Report on vaccination in Madras 1904-1921 - 1904-1921
Year: 1904
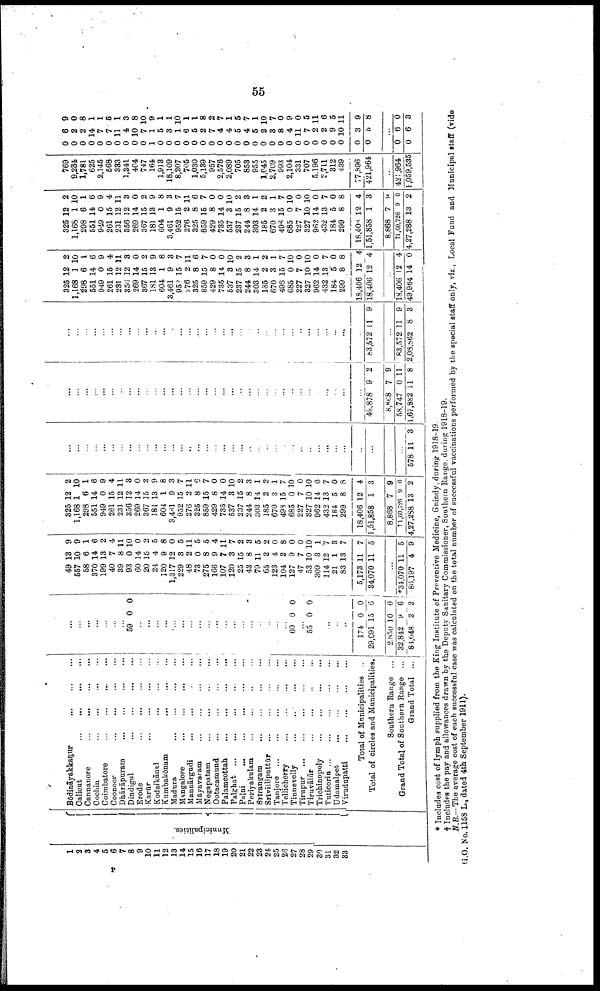
55
1
2
3
4
5
6
7
8
9
10
11
12
13
14
15
16
17
18
19
20
21
22
23
24
25
26
27
28
29
30
31
32
33
Municipalities.
Bōdināyakkanur
...
...
...
Calicut
...
...
...
...
Cannanore
...
...
...
...
Cochin ... ... ... ...
Coimbatore
...
...
...
...
Coonoor ... ... ... ...
Dhārāpuram
...
...
...
...
Dindigul
...
...
...
...
Erode
...
...
...
...
Karūr
...
...
...
...
Kodaikānal
...
...
...
...
Kumbakōnam
...
...
...
...
Madura ... ... ... ...
Mangalore
...
...
...
...
Mannārgudi
...
...
...
...
Māyavaram
...
...
...
...
Negapatam
...
...
...
...
Ootacamund
...
...
...
...
Palamcottah
...
...
...
...
Palghat
...
...
...
...
...
Palni
...
...
...
...
...
Periyakulam ... ... ... ...
Srīrangam
...
...
...
...
Srīvilliputtūr
...
...
...
...
Tanjore
...
...
...
...
...
Tellicherry
...
...
...
...
Tinnevelly
...
...
...
...
Tirupur ... ... ... ... ...
Tiruvālūr
...
...
...
...
Trichinopoly
...
...
...
...
Tuticorin
...
...
...
...
...
Udamalpet ... ... ... ...
Virudupatti ... ... ... ...
Total of Municipalities ..
Total of circles and Municipalities.
Southern Range ...
Grand Total of Southern Range ...
Grand Total ...
...
...
...
...
...
...
...
59 0 0
...
...
...
...
...
...
...
...
...
...
...
...
...
...
...
...
...
...
60 0 0
...
55 0 0
...
...
...
...
174
29,991
2,850
32,842
84,048
0
15
10
9
2
0
6
0
6
2
49
557
58
370
199
40
39
93
60
20
24
120
1,317
229
48
73
275
166
107
120
25
43
79
65
123
104
127
47
53
309
114
21
83
5,173
34,070
13
10
6
14
13
7
8
0
14
15
4
9
12
3
2
0
8
9
7
3
15
8
11
2
4
2
9
7
10
3
12
1
13
11
11
9
9
1
6
2
4
11
10
0
2
5
8
0
5
11
5
5
4
11
7
2
3
5
2
0
8
0
0
10
1
7
3
7
7
5
...
*34,070
86,197
11
4
5
9
325
1,168
298
551
949
261
231
356
269
367
181
604
3,481
952
276
325
859
429
735
537
237
244
303
185
670
498
685
227
327
962
432
184
299
18,406
1,51,858
8,868
†1,60,726
4,27,288
12
1
6
14
0
15
12
12
14
15
13
1
9
15
2
8
15
8
14
3
15
8
14
2
3
15
0
7
10
14
13
5
8
12
1
7
9
13
2
10
1
6
9
4
11
3
0
2
9
8
3
7
11
6
7
0
0
10
2
3
1
2
1
7
10
0
10
0
7
0
8
4
3
9
0
2
...
...
...
...
...
...
...
...
...
...
...
...
...
...
...
...
...
...
...
...
...
...
...
...
...
...
...
...
...
...
...
...
...
...
...
...
...
578 11 3
...
...
...
...
...
...
...
...
...
...
...
...
...
...
...
...
...
...
...
...
...
...
...
...
...
...
...
...
...
...
...
...
...
...
49,878
8,868
58,747
1,67,882
9
7
0
11
2
9
11
8
...
...
...
...
...
...
...
...
...
...
...
...
...
...
...
...
...
...
...
...
...
...
...
...
...
...
...
...
...
...
...
...
...
...
83,572 11 9
...
83,572
2,08,862
11
8
9
3
325
1,168
298
551
949
261
231
356
269
367
181
604
3,461
95?
276
325
859
429
735
537
237
244
303
185
670
498
685
227
327
962
432
184
299
18,406
18,406
12
1
6
14
0
15
12
12
14
15
13
1
9
15
2
8
15
8
14
3
15
8
14
2
3
15
0
7
10
14
13
5
8
12
12
2
10
1
6
9
4
11
3
0
2
9
8
3
7
11
6
7
0
0
10
2
3
1
2
1
7
10
0
10
0
7
0
8
4
4
...
18,406
49,964
12
14
4
0
325
1,168
298
551
949
261
231
356
269
367
181
604
3,461
952
276
325
859
429
735
537
237
244
303
185
670
498
685
227
327
962
432
184
299
18,400
1,51,858
8,868
†1,60,726
4,27,288
12
1
6
14
0
15
12
12
14
15
13
1
9
15
2
8
15
8
14
3
15
8
14
2
3
15
0
7
10
14
13
5
8
12
1
7
9
13
2
10
1
6
9
4
11
3
0
2
9
8
3
7
11
6
7
0
0
10
2
3
1
2
1
7
10
0
10
0
7
0
8
4
3
9
0
2
769
9,234
1,781
625
2,145
568
333
1,341
404
747
164
1,913
18,109
8,207
705
1,030
5,139
957
2,576
2,089
705
853
955
1,045
2,709
993
2,104
331
707
5,196
2,711
312
439
77,896
421,964
...
421,964
1,059,535
0
0
0
0
0
0
0
0
0
0
1
0
0
0
0
0
0
0
0
0
0
0
0
0
0
0
0
0
0
0
0
0
0
0
0
6
2
2
14
7
7
11
4
10
7
1
5
3
1
6
5
2
7
4
4
5
4
5
2
3
8
4
11
7
2
2
9
10
3
5
9
0
8
1
1
5
1
3
8
10
9
1
1
10
1
1
8
2
7
1
5
7
1
10
7
0
9
0
5
11
6
5
11
9
8
...
0
0
6
6
0
3
* Includes cost of lymph supplied from the King Institute of Preventive Medicine, Guindy, during 1918-19.
† Includes the pay and allowances drawn by the Deputy Sanitary Commissioner, Southern Range during 1918-19.
N.B.—The average cost of each successful case was calculated on the total number of successful vaccinations performed by the special staff only, viz., Local Fund and Municipal staff (vide
G.O. No. 1158 L., dated 4th September 1911).
P